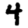
Digit: 4